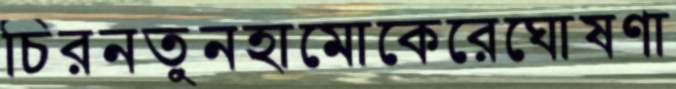
চিরনতুনহামোকেরেঘোষণা